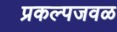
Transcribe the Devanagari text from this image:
प्रकल्पजवळ